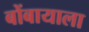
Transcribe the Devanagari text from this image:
बोंबायाला